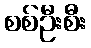
စစ်ဦးစီး